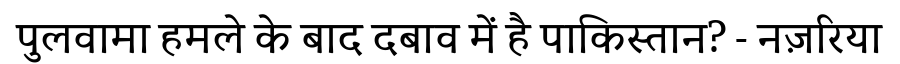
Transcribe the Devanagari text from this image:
पुलवामा हमले के बाद दबाव में है पाकिस्तान? - नज़रिया